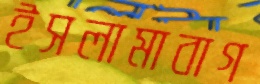
ইসলামাবাগ